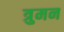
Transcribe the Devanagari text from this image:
त्रुमन